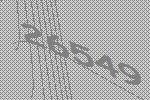
26549